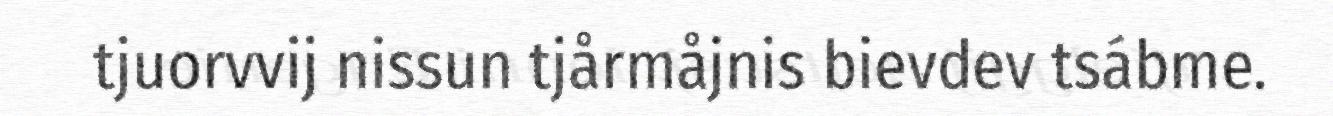
tjuorvvij nissun tjårmåjnis bievdev tsábme.